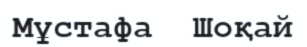
Мұстафа  Шоқай